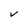
Character: v